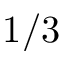
1 / 3